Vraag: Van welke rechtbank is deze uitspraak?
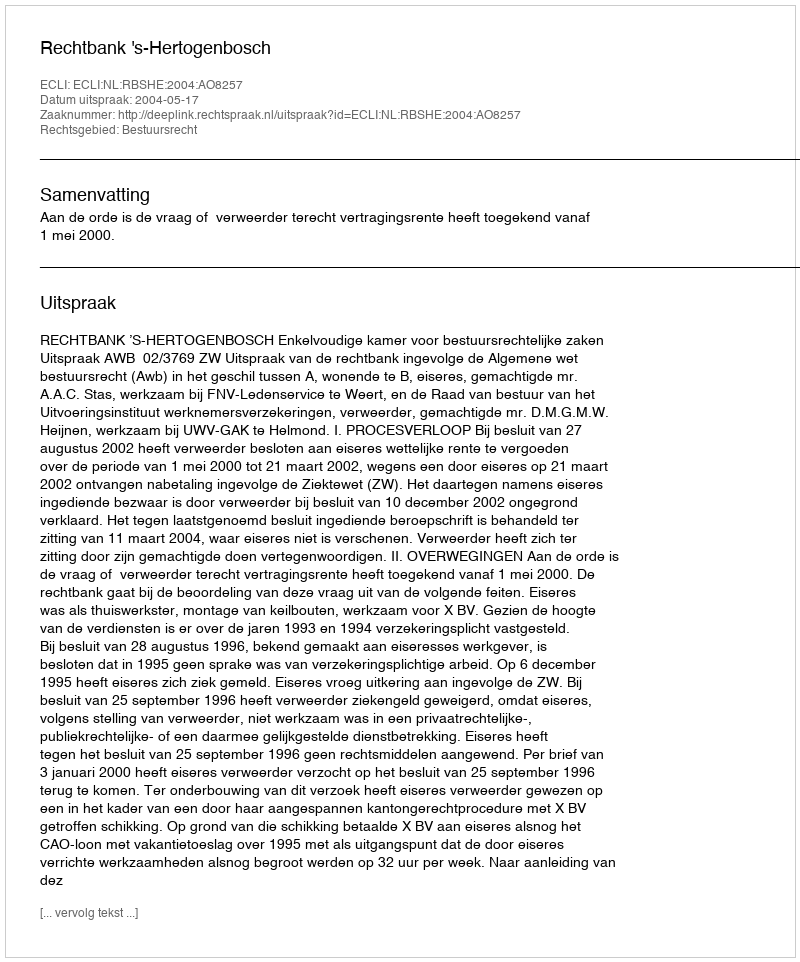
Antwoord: Rechtbank 's-Hertogenbosch